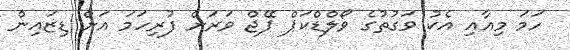
ހަމަ މިއާއި އެކު ވަގުތުގެ ވޯލްޑްކަޕް ޕޭޖް ވަރަށް ފުރިހަމަ އަށް ޑިޒައިން